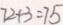
7 2 + 3 = 7 5